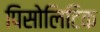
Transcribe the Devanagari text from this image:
पिसोलिटिक